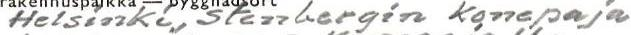
Helsinki, Stenbergin Konepaja